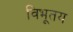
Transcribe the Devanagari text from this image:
विभूतय